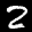
Label: 2